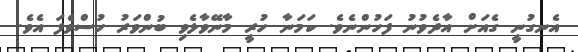
އެނގުނީ ގެއަށް އާދެވުނު ފަހުންނެވެ. ކަމަނާ ހުރީ މާނޭވާލެވި ބުންވަރު ހުސްވެފަ އެވެ.